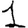
Digit: 1